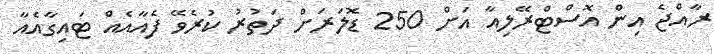
ރާއްޖެ އިން އޮސްޓްރޭލިއާ އަށް 250 ޑޮލަރަށް ދަތުރު ކުރެވޭ ފެއާއެއް ޓައިގާއެއާ